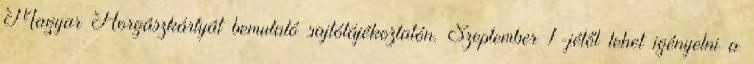
Magyar Horgászkártyát bemutató sajtótájékoztatón. Szeptember 1-jétől lehet igényelni a